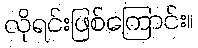
လိုရင်းဖြစ်ကြောင်း။